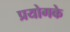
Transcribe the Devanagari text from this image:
प्रयोगके